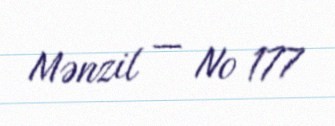
Mənzil — № 177